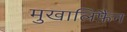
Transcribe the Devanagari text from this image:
मुखालिफ़ैन